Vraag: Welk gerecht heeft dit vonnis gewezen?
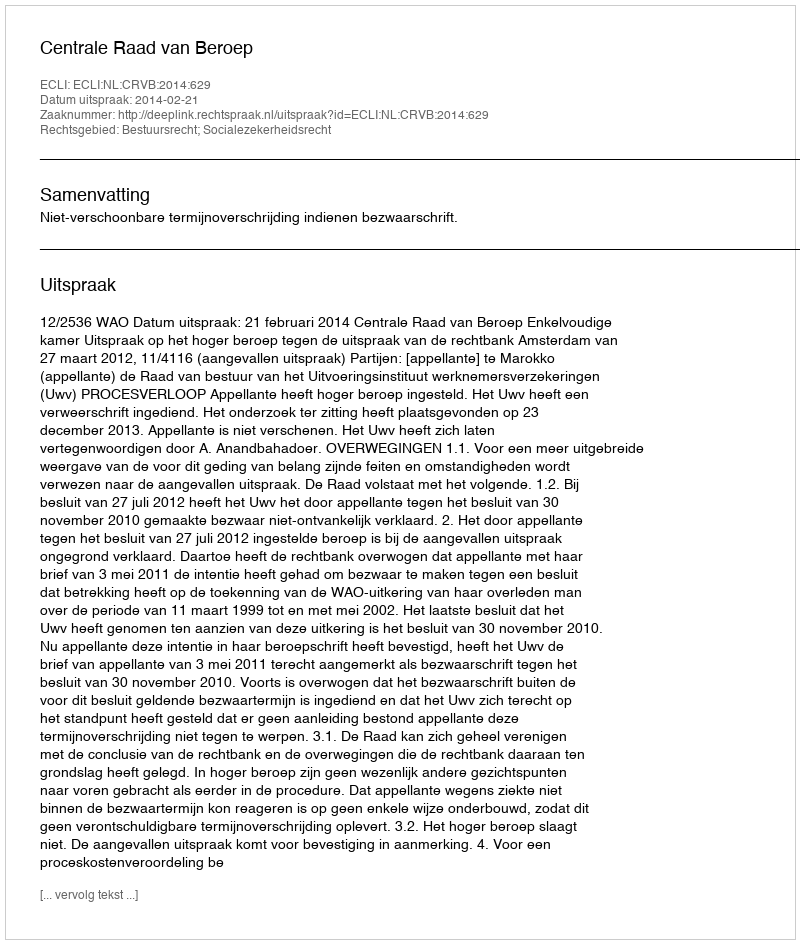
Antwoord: Centrale Raad van Beroep